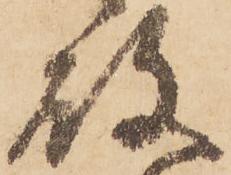
殿